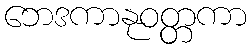
ဘေဒကာနုဝတ္တကာ